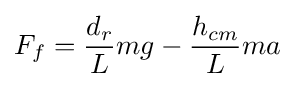
F_{f}={d_{r} \over L}mg-{h_{cm} \over L}ma